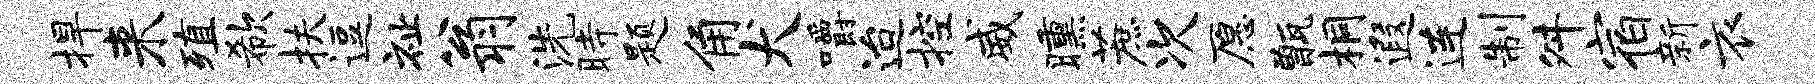
捍来殖欷扶逗祉翁洗时题角犬嚼迨控威曛蔗次愿甑桐遐连制舛宿新衣